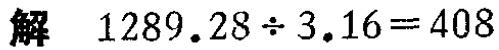
解 \(1289.28\div3.16 = 408\)